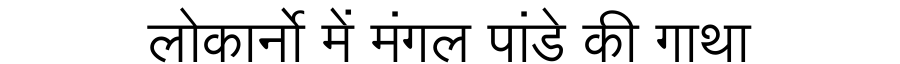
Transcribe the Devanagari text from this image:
लोकार्नो में मंगल पांडे की गाथा